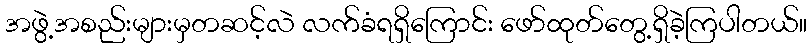
အဖွဲ့အစည်းများမှတဆင့်လဲ လက်ခံရရှိကြောင်း ဖော်ထုတ်တွေ့ရှိခဲ့ကြပါတယ်။